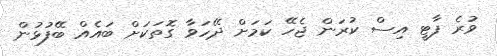
ވުރެ ޕާޓީ އިސް ކުރަން ޖެހޭ ކަމަށް ދޭހަވާ ގޮތަކަށް ބައެއް ބޭފުޅުން